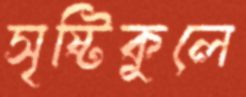
সৃষ্টিকুলে